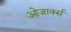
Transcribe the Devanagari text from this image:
ओज़ार्क्स